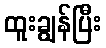
ထူးချွန်ပြီး